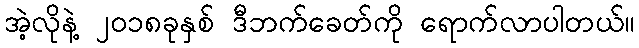
အဲ့လိုနဲ့ ၂၀၁၈ခုနှစ် ဒီဘက်ခေတ်ကို ရောက်လာပါတယ်။